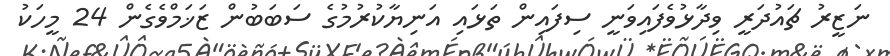
ނަޒީރު ޗައުދަރީ ވިދާޅުވެފައިވަނީ ސިފައިން ތަޅައި އަނިޔާކުރުމުގެ ސަބަބުން ޒަޚަމްވެގެން 24 މީހަކު